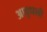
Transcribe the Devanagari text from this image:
आबुधाबी